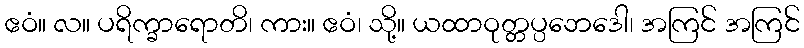
ဧဝံ။ လ။ ပရိက္ခာရောတိ၊ ကား။ ဧဝံ၊ သို့။ ယထာဝုတ္တပ္ပဘေဒေါ၊ အကြင် အကြင်